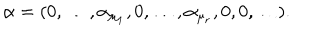
LaTeX: \alpha = ( 0 , \ldots , \alpha _ { \mu _ { 1 } } , 0 , \ldots , \alpha _ { \mu _ { r } } , 0 , 0 , \ldots ) .